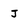
Character: J